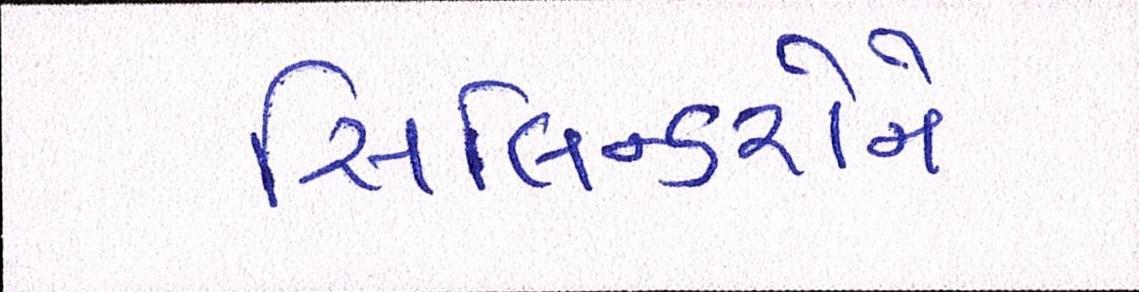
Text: સિલિન્ડરોને